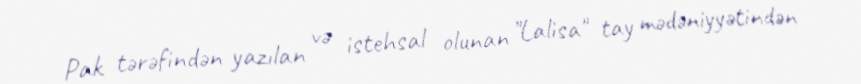
Pak tərəfindən yazılan və istehsal olunan "Lalisa" tay mədəniyyətindən